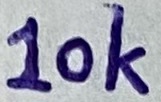
Text: 10K